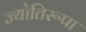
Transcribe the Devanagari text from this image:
ज्योतिरूपा